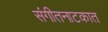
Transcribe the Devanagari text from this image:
संगीतनाटकात